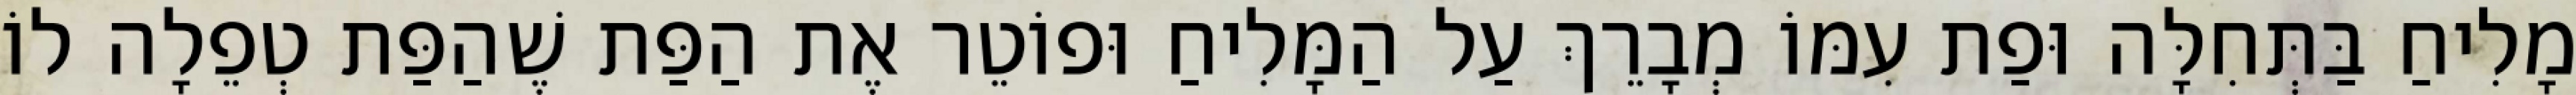
מָלִיחַ בַּתְּחִלָּה וּפַת עִמּוֹ מְבָרֵךְ עַל הַמָּלִיחַ וּפוֹטֵר אֶת הַפַּת שֶׁהַפַּת טְפֵלָה לוֹ